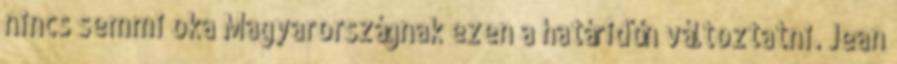
nincs semmi oka Magyarországnak ezen a határidőn változtatni. Jean